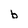
Character: b